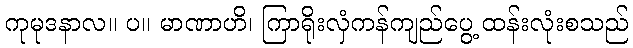
ကုမုဒနာလ။ ပ။ မာဏာဟိ၊ ကြာရိုးလှံကန်ကျည်ပွေ့ ထန်းလုံးစသည်